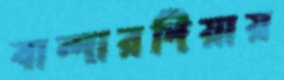
বান্দারদিয়ায়